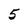
Character: 5